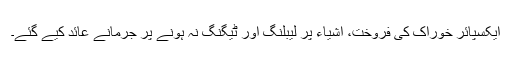
ایکسپائر خوراک کی فروخت، اشیاء پر لیبلنگ اور ٹیگنگ نہ ہونے پر جرمانے عائد کیے گئے۔